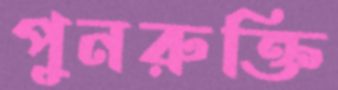
পুনরুক্তি